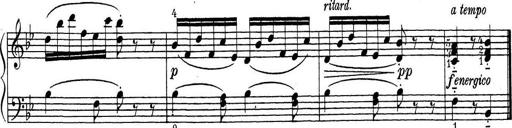
Title: ÄŒeskÃ© Sonatiny
Composer: Various